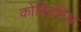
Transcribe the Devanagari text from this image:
कोविदमिश्र